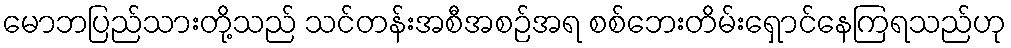
မောဘပြည်သားတို့သည် သင်တန်းအစီအစဉ်အရ စစ်ဘေးတိမ်းရှောင်နေကြရသည်ဟု